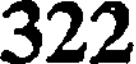
322